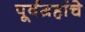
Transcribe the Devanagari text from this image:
पूर्वग्रहांचे